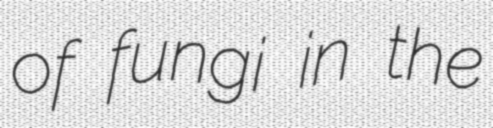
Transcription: of fungi in the